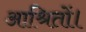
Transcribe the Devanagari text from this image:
आश्रितों।